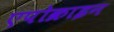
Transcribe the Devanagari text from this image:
एपोक्राइन